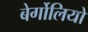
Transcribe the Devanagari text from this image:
बेर्गोलियो